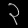
Digit: ၃